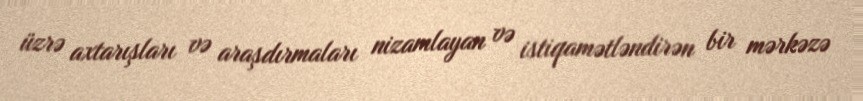
üzrə axtarışları və araşdırmaları nizamlayan və istiqamətləndirən bir mərkəzə